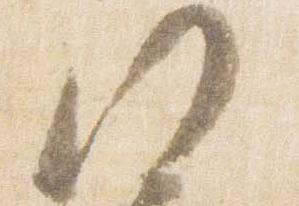
門